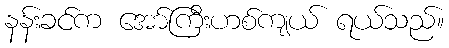
နန်းခင်က အော်ကြီးဟစ်ကျယ် ရယ်သည်။